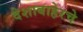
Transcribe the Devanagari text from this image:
देशाबाहेरचे